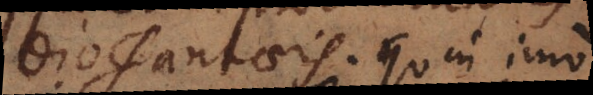
Diophantaeis. Quin imo